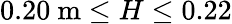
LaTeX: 0.20~\mathrm{m}\leq H\leq 0.22